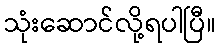
သုံးဆောင်လို့ရပါပြီ။